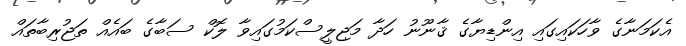
އެކަމަނާގެ ވާހަކައިގައި އިންޑިޔާގެ ޤާނޫނު ހަދާ މަޖިލީސްކަމުގައިވާ ލޮކް ސަބާގެ ބައެއް ތަޖުރިބާތައް